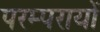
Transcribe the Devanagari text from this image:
परम्परायों